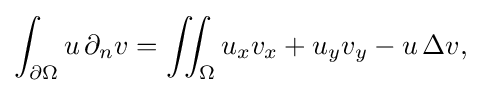
\displaystyle {\int _{\partial \Omega }u\,\partial _{n}v=\iint _{\Omega }u_{x}v_{x}+u_{y}v_{y}-u\,\Delta v,}